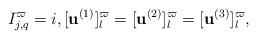
LaTeX: \begin{align*} I^\varpi_{j,q}=i, [\mathbf{u}^{(1)}]^\varpi_l = [\mathbf{u}^{(2)}]^\varpi_l = [\mathbf{u}^{(3)}]^\varpi_l,\end{align*}